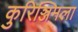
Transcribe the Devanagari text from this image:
कुरिञ्जिमला